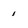
Character: 1